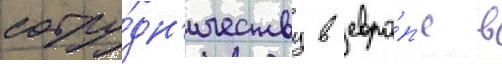
сотру́дн'ичеству в евро́п'е в